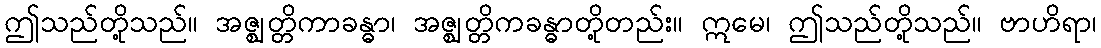
ဤသည်တို့သည်။ အဇ္ဈတ္တိကာခန္ဓာ၊ အဇ္ဈတ္တိကခန္ဓာတို့တည်း။ ဣမေ၊ ဤသည်တို့သည်။ ဗာဟိရာ၊